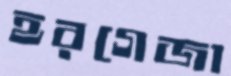
হরগেজা